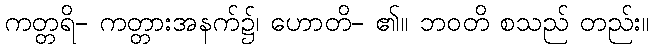
ကတ္တရိ- ကတ္တားအနက်၌၊ ဟောတိ- ၏။ ဘဝတိ စသည် တည်း။